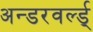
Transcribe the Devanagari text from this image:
अन्डरवर्ल्ड्